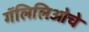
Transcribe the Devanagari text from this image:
गॅलिलिओचे